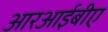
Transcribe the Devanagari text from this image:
आरआईबीए